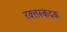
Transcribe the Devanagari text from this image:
रक्त्तस्कंदक